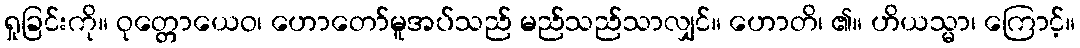
ရှုခြင်းကို။ ဝုတ္တောယေဝ၊ ဟောတော်မူအပ်သည် မည်သည်သာလျှင်။ ဟောတိ၊ ၏။ ဟိယသ္မာ၊ ကြောင့်။